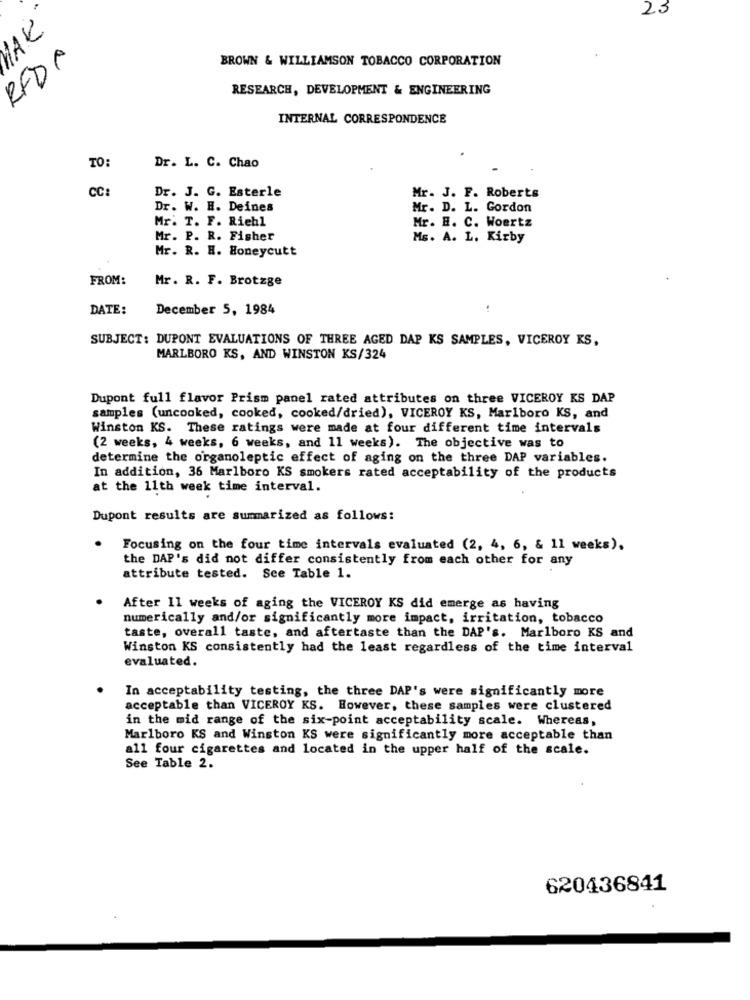
23
AK
RFDA
BROWN & WILLIAMSON TOBACCO CORPORATION
RESEARCH, DEVELOPMENT & ENGINEERING
INTERNAL CORRESPONDENCE
TO:
Dr. L. C. Chao
CC:
Dr. J. G. Esterle
Mr. J. F. Roberts
Dr. W. H. Deines
Mr. D. L. Gordon
Mr. T. F. Riehl
Mr. H. C. Woertz
Mr. P. R. Fisher
Ms. A. L. Kirby
Mr. R. H. Honeycutt
FROM:
Mr. R. F. Brotzge
DATE:
December 5, 1984
SUBJECT: DUPONT EVALUATIONS OF THREE AGED DAP KS SAMPLES, VICEROY KS,
MARLBORO KS, AND WINSTON KS/324
Dupont full flavor Prism panel rated attributes on three VICEROY KS DAP
samples (uncooked, cooked, cooked/dried), VICEROY KS, Marlboro KS, and
Winston KS. These ratings were made at four different time intervals
(2 weeks, 4 weeks, 6 weeks, and 11 weeks). The objective was to
determine the organoleptic effect of aging on the three DAP variables.
In addition, 36 Marlboro KS smokers rated acceptability of the products
at the 11th week time interval.
Dupont results are summarized as follows:
Focusing on the four time intervals evaluated (2, 4, 6, & 11 weeks),
the DAP's did not differ consistently from each other for any
attribute tested. See Table 1.
After 11 weeks of aging the VICEROY KS did emerge as having
numerically and/or significantly more impact, irritation, tobacco
taste, overall taste, and aftertaste than the DAP's. Marlboro KS and
Winston KS consistently had the least regardless of the time interval
evaluated.
In acceptability testing, the three DAP's were significantly more
acceptable than VICEROY KS. However, these samples were clustered
in the mid range of the six-point acceptability scale. Whereas,
Marlboro KS and Winston KS were significantly more acceptable than
all four cigarettes and located in the upper half of the scale.
See Table 2.
620436841